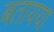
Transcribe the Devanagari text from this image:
बतायया